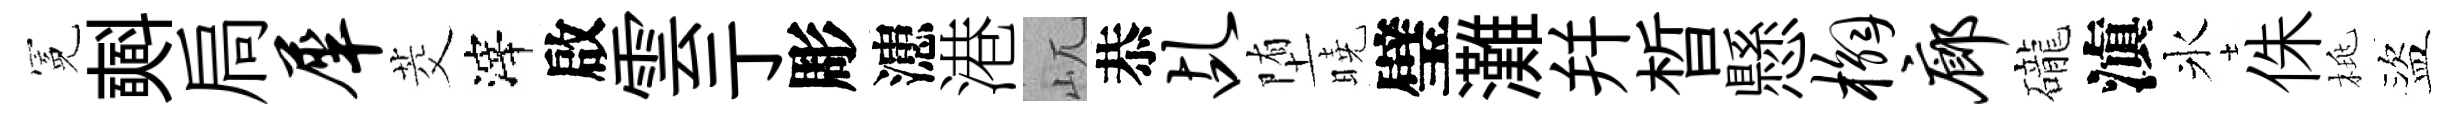
冕𣂏扃犀茭滓啟雲亍彫漶港屼恭乩堕曉璧灘幷晳懸槲廊礲滇氷侏桃盜